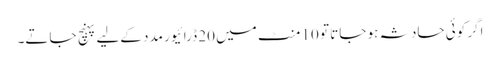
اگر کوئی حادثہ ہو جاتا تو 10 منٹ میں 20 ڈرائیور مدد کےلیے پہنچ جاتے۔